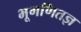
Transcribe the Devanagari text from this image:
भूगणितज्ञ